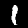
Digit: 1